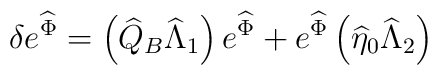
\delta e^{\widehat{\Phi}}=\left(\widehat{Q}_B\widehat{\Lambda}_1\right)e^{\widehat{\Phi}}+e^{\widehat{\Phi}}\left(\widehat{\eta}_0\widehat{\Lambda}_2\right)